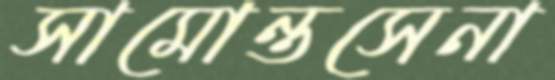
সামোন্তসেনা